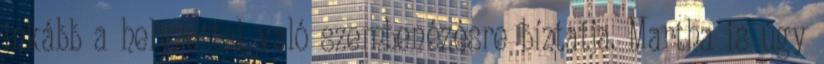
inkább a helyzettel való szembenézésre bíztatja. Martha is úgy